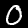
Label: 0